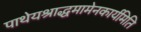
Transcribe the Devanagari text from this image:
पाथेयश्राद्धमामेनकार्यमिति